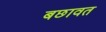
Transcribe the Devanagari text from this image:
बछावत